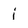
Character: j